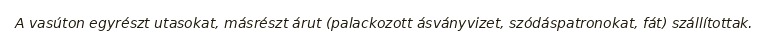
A vasúton egyrészt utasokat, másrészt árut (palackozott ásványvizet, szódáspatronokat, fát) szállítottak.